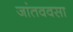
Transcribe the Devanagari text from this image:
जांतववसा